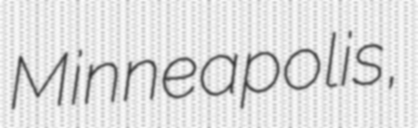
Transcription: Minneapolis,